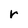
Character: r